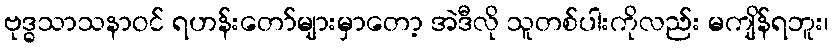
ဗုဒ္ဓသာသနာဝင် ရဟန်းတော်များမှာတော့ အဲဒီလို သူတစ်ပါးကိုလည်း မကျိန်ရဘူး၊